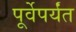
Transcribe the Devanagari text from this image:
पूर्वेपर्यंत